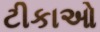
ટીકાઓ